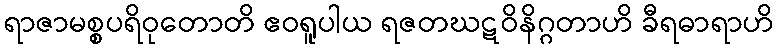
ရာဇာမစ္စပရိဝုတောတိ ဧဝရူပါယ ရဇတဃဋဝိနိဂ္ဂတာဟိ ခီရဓာရာဟိ